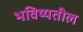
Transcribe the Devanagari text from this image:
भविष्यतील